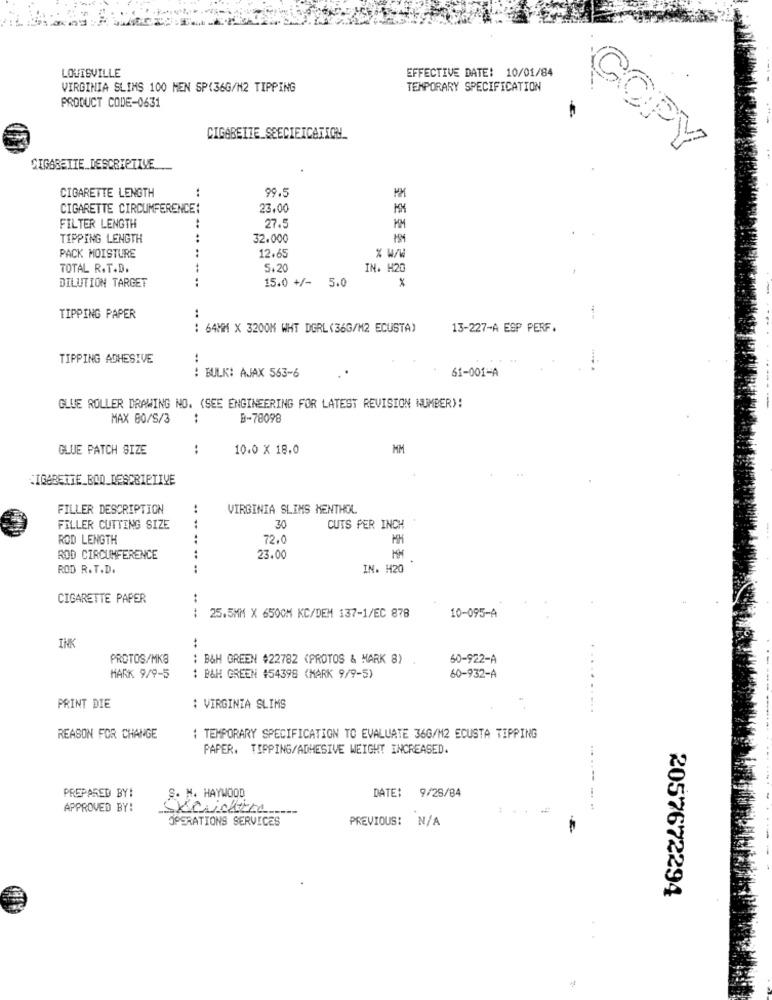
LOUISVILLE
EFFECTIVE DATE: 10/01/84
VIRGINIA SLIMS 100 MEN SP(36G/M2 TIPPING
TEMPORARY SPECIFICATION
PRODUCT CODE-0631
CIGARETTE SEECIEICATION_
COPY
CIGARETTE DESCRIPTIVE
CIGARETTE LENGTH
99.5
CIGARETTE CIRCUMFERENCE:
23.00
27.
FILTER LENGTH
MM
TIPPING LENGTH
32.000
154
PACK MOISTURE
12.65
% w/W
TOTAL R.T.D.
5.20
IN. H20
DILUTION TARGET
15.0 +/- 5.0
x
TIPPING PAPER
:
--
: 64MM X 3200M WHT DGRL (36G/M2 ECUSTA)
13-227-A ESP PERF.
TIPPING ADHESIVE
: BULK: AJAX 563-6
61-001-A
GLUE ROLLER DRAWING NO. (SEE ENGINEERING FOR LATEST REVISION NUMBER)!
MAX 80/S/3
:
B-78098
GLUE PATCH SIZE
:
10.0 X 18.0
MM
CIGARETTE_BOO_DESCRIPTIVE
FILLER DESCRIPTION
VIRGINIA SLIMS MENTHOL
FILLER CUTTING SIZE
....
30
CUTS PER INCH
ROD LENGTH
72.0
MH
ROD CIRCUMFERENCE
23.00
ROD R. T.D.
......
IN. H20
CIGARETTE PAPER
....
25.5MM X 6500M KC/DEM 137-1/EC 878
10-095-A
INK
PROTOS/MKS
: B&H GREEN #22782 (PROTOS & MARK 8)
60-922-A
MARK 9/9-5
: B&H GREEN 454398 (MARK 9/9-5)
60-932-A
...
PRINT DIE
: VIRGINIA SLIMS
REASON FOR CHANGE
: TEMPORARY SPECIFICATION TO EVALUATE 36G/M2 ECUSTA TIPPING
PAPER. TIPPING/ADHESIVE WEIGHT INCREASED.
PREPARED BY!
S. M. HAYWOOD
DATE: 9/28/84
APPROVED BY:
OPERATIONS SERVICES
PREVIOUS: N/A
2057672294